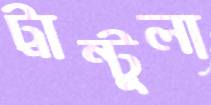
ট্রান্টুলা